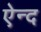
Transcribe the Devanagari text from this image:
ऐन्द